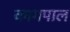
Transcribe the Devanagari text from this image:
कामपाल